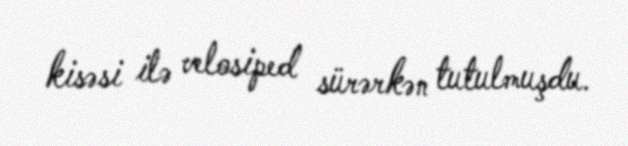
kisəsi ilə velosiped sürərkən tutulmuşdu.